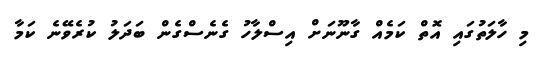
މި ހާލަތުގައި އޮތް ކަމެއް ގާނޫނަށް އިސްލާހު ގެނެސްގެން ބަދަލު ކުރެވޭނެ ކަމާ